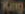
King